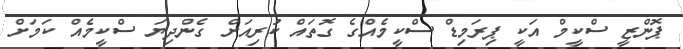
ޕޮންޒީ ސްކީމް އަކީ ޕިރަމިޑް ސްކީމެއްގެ ގޮތައް ކުރިއަށް ގެންދިޔަ ސްކީމެއް ކަމަށް